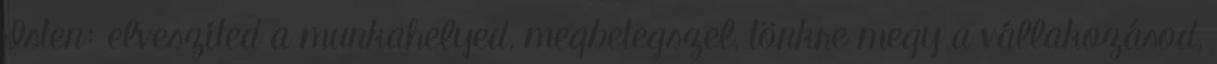
Isten: elveszíted a munkahelyed, megbetegszel, tönkre megy a vállakozásod,